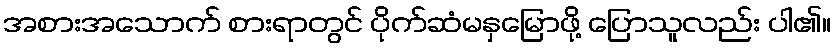
အစားအသောက် စားရာတွင် ပိုက်ဆံမနှမြောဖို့ ပြောသူလည်း ပါ၏။